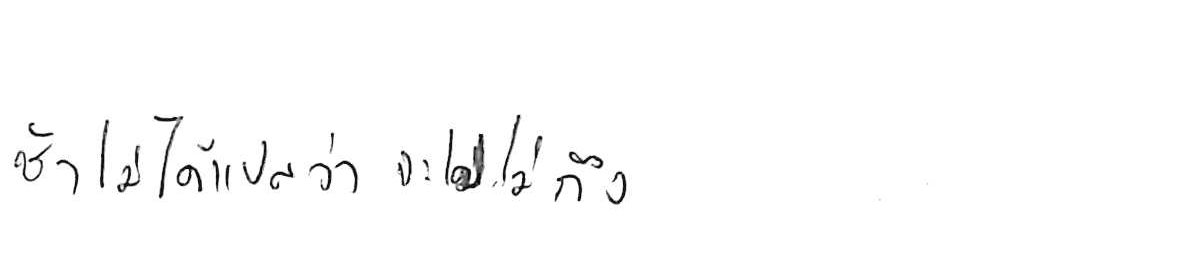
ช้า ไม่ได้แปลว่า จะไปไม่ถึง